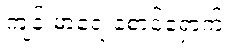
ကျန်းမာရေးစောင့်ရှောက်